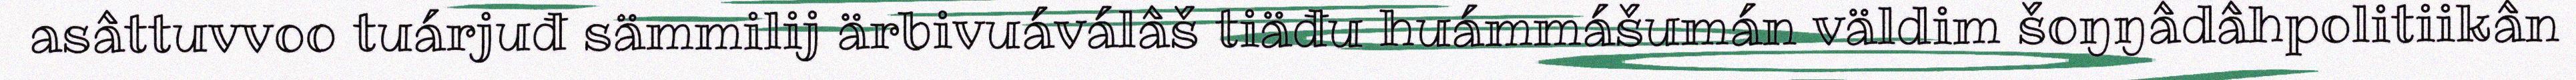
asâttuvvoo tuárjuđ sämmilij ärbivuáválâš tiäđu huámmášumán väldim šoŋŋâdâhpolitiikân